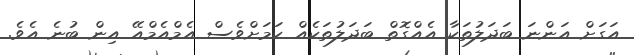
އަގަށް އަންނަ ބަދަލުތަކާ އެއްގޮތް ބަދަލުތަކެއް ކަމަށްވެސް އެމްއެމްއޭ އިން ބުނެ އެވެ.